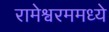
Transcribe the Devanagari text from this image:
रामेश्वरममध्ये